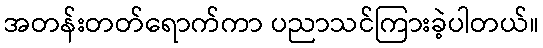
အတန်းတတ်ရောက်ကာ ပညာသင်ကြားခဲ့ပါတယ်။